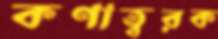
কণাত্বরক